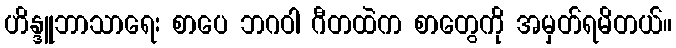
ဟိန္ဒူဘာသာရေး စာပေ ဘဂဝါ ဂီတထဲက စာတွေကို အမှတ်ရမိတယ်။